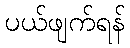
ပယ်ဖျက်ရန်